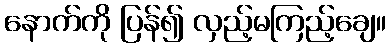
နောက်ကို ပြန်၍ လှည့်မကြည့်ချေ။